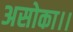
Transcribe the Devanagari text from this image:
असोका।।